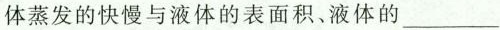
体蒸发的快慢与液体的表面积，液体的___